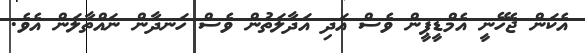
އެކަން ޖެހޭނީ އެމްޑީޕީން ވެސް އަދި އަދާލަތުން ވެސް ހަނދާން ނައްތާލަން އެވެ.